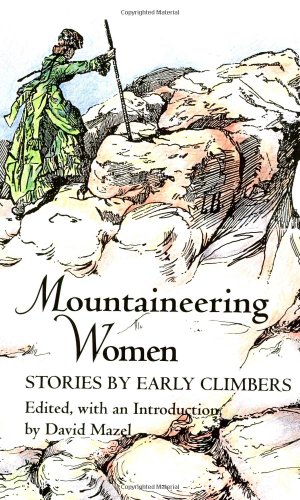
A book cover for Mountaineering Women: Stories by Early Climbers; Sports & Outdoors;